Indian journal of veterinary science and animal husbandry - Volumes 22-23, 1952-1953
Year: 1952
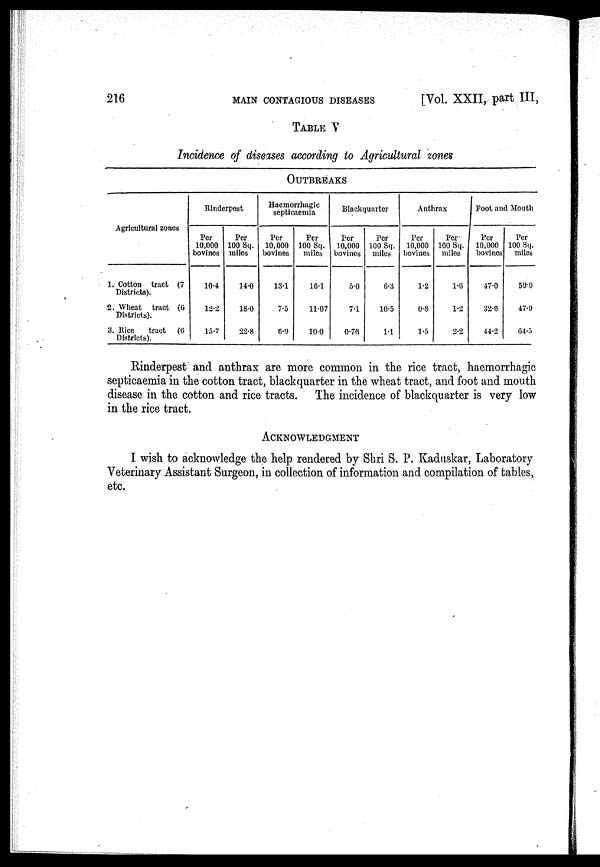
216
MAIN
CONTAGIOUS
DISEASES
[Vol. XXII, part III,
TABLE V
Incidence of diseases according to Agricultural zones
OUTBREAKS
Agricultural zones
1. Cotton tract (7
Districts).
2. Wheat tract (6
Districts).
3. Rice tract
(6
Districts).
Rinderpost
Per
10,000
bovines
10.4
12.2
15.7
Per
100 Sq.
miles
14.0
18.0
22.8
Haemorrhagic
septicaemia
Per
10,000
bovines
13.1
7.5
6.9
Per
100 Sq.
miles
16.1
11.07
10.0
Blackquarter
Per
10,000
bovines
5.0
7.1
0.76
Per
100 Sq.
miles
6.3
10.5
1.1
Anthrax
Per
10,000
bovines
1.2
0.8
1.5
Per-
100 Sq.
miles
1.6
1.2
2.2
Foot and Mouth
Per
10,000
bovines
47.0
32.6
44.2
Per
100 Sq.
miles
59.0
47.9
04.5
Rinderpest and anthrax are more common in the rice tract, haemorrhagic
septicaemia in the cotton tract, blackquarter in the wheat tract, and foot and mouth
disease in the cotton and rice tracts. The incidence of blackquartcr is very low
in the rice tract.
ACKNOWLEDGEMENT
I wish to acknowledge the help rendered by Shri S. P. Kaduskar, Laboratory
Veterinary Assistant Surgeon, in collection of information and compilation of tables,
etc.